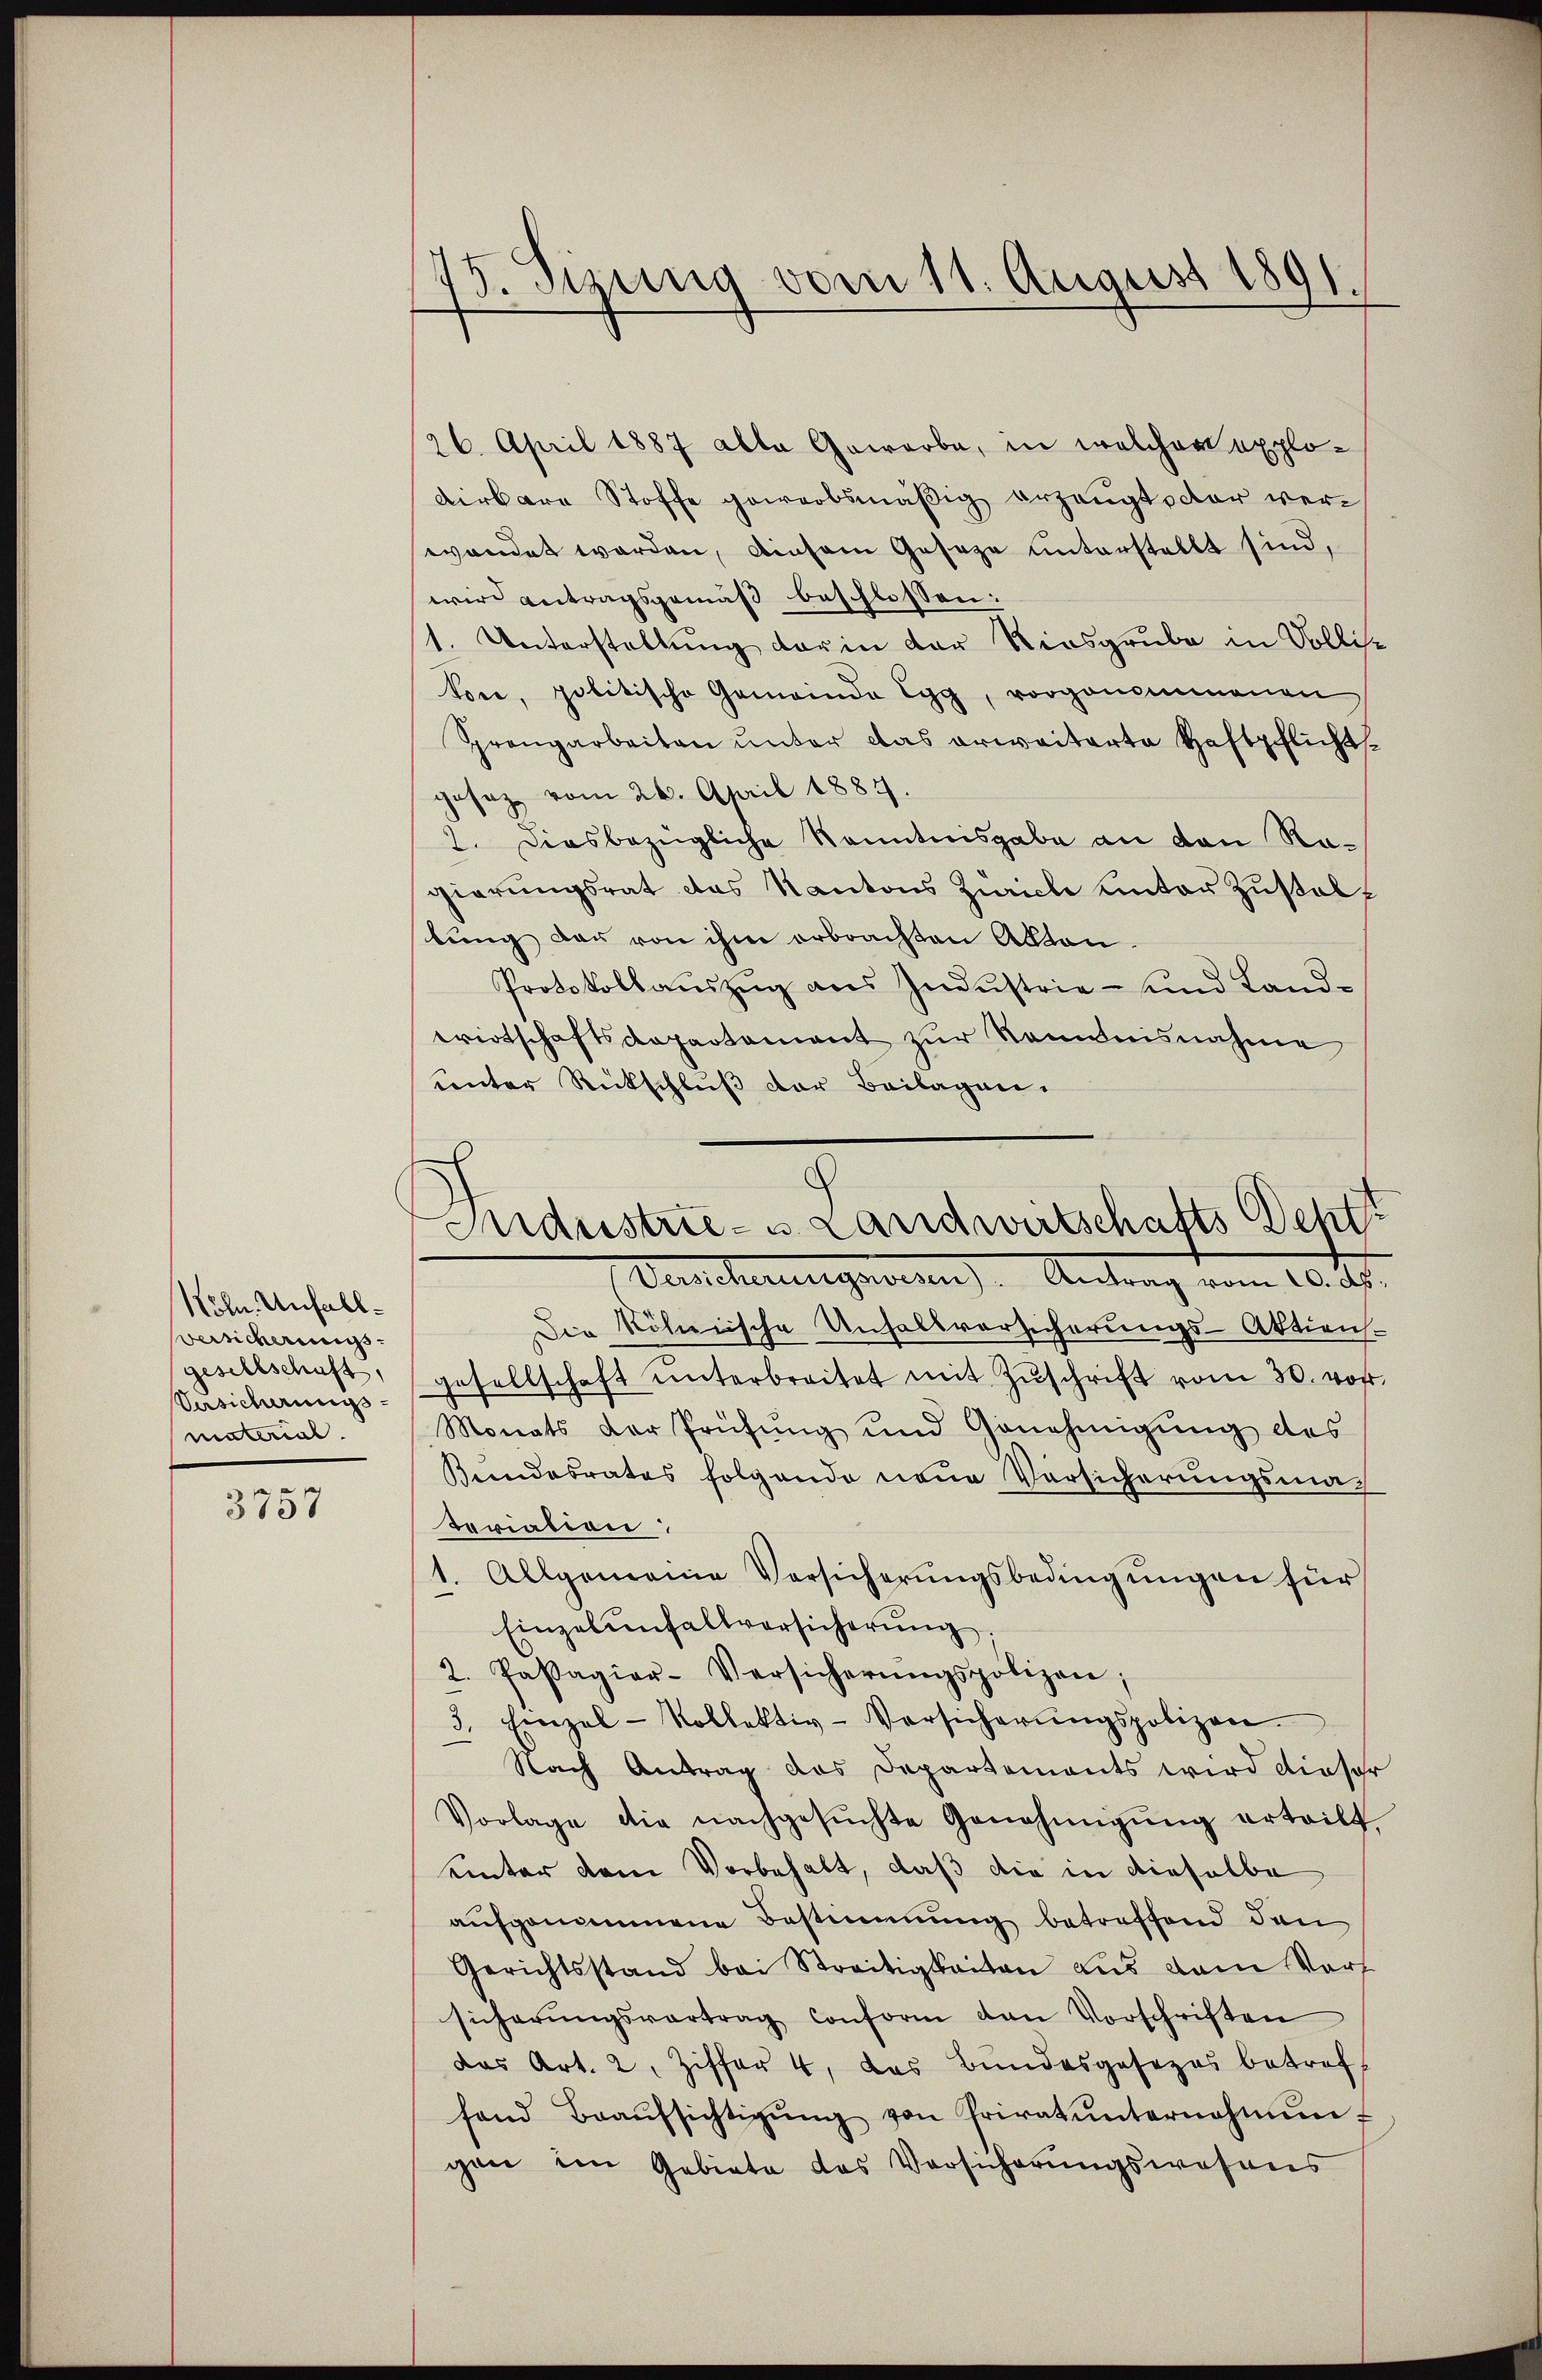
Köln. Unfall¬
Versicherungs
gesellschaft,
Versicherungsmaterial.

3757

75. Sizung vom 11. August 1891.

26. April 1887 alle Gewerbe, in welcher explodirbare Stoffe gewerbsmäßig erzeugt dar verwendet worden, diesem Geseze unterstellt sind,
wird antragsgemäß beschlossen:
1. Unterstellung der in der Riesgrube in Volli¬
Voce, politische Gemeinde Egg, vorgenommenen
Sprangarbeiten unter das erweiterte Haftpflichtgesez vom 26. April 1884
2. Diesbezügliche Kenntnisgabe an den Ragierungsrat das Kantons Zürich unter Zustellung der von ihm erbrachten Akten.
Protokollauszug aus Industrie- und Landwirtschaftsdepartement zur Kenntnisnahme
unter Rückschlŭβ der Beilagen.

8
Industrie- u. Landwirtschafts Deptt
Duscherungmann), Antrag vom 10. d.

Die kölnische Unfallvorsicherungs-Aktien.
gesellschaft unterbreitet mit Zŭschrift vom 30. vor.
Monats der Prüfŭng und Genehmigŭng des
Bundesrates folgende neue Vorsicherungsmach
toriation:
1. Allgemeine Versicherŭngsbedingungen für
Einzelenfallversicherung
2. Passagiar-Versicherŭngspolizen;
3. Einzel-Kollektiv-Versicherŭngspolizen.
Nach Antrag das Departements wird dieser
Vorlage die nachgesŭchte Genehmigŭng erteilt,
uinter dem Vorbehalt, daß die in dieselbe
aufgenommene Bestimmung betreffend den
Gerichtsstand bei Streitigkeiten aus dem Vorf
sicherŭngsvertrag conform den Vorschriften
das Art. 2, Ziffer 4, das Bundesgesezes betref
fand Beaŭfsichtigŭng von Privatunternahment
gen im Gebiete das Versicherŭngswesens